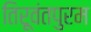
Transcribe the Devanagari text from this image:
तिरूवंतपुरम